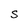
Character: S